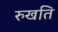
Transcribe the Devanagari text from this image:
रुखति